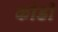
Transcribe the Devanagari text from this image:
कीडी